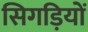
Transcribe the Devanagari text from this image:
सिगड़ियों